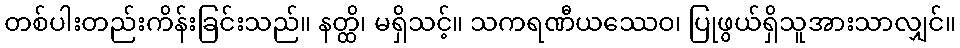
တစ်ပါးတည်းကိန်းခြင်းသည်။ နတ္ထိ၊ မရှိသင့်။ သကရဏီယဿေဝ၊ ပြုဖွယ်ရှိသူအားသာလျှင်။